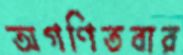
অগণিতবার